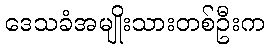
ဒေသခံအမျိုးသားတစ်ဦးက